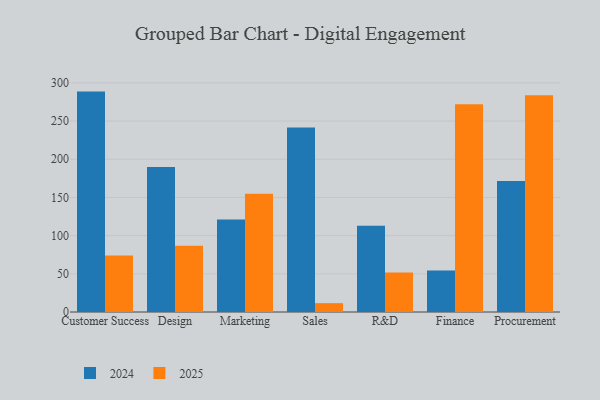
{"axis": {"x": "Department", "y": "Net Income (USD K)"}, "legend": ["2024", "2025"], "data": [{"x": "Customer Success", "y": 288.6, "type": "2024"}, {"x": "Customer Success", "y": 74.0, "type": "2025"}, {"x": "Design", "y": 190.0, "type": "2024"}, {"x": "Design", "y": 86.8, "type": "2025"}, {"x": "Marketing", "y": 121.2, "type": "2024"}, {"x": "Marketing", "y": 154.7, "type": "2025"}, {"x": "Sales", "y": 241.6, "type": "2024"}, {"x": "Sales", "y": 11.6, "type": "2025"}, {"x": "R&D", "y": 113.1, "type": "2024"}, {"x": "R&D", "y": 51.6, "type": "2025"}, {"x": "Finance", "y": 54.5, "type": "2024"}, {"x": "Finance", "y": 271.9, "type": "2025"}, {"x": "Procurement", "y": 171.4, "type": "2024"}, {"x": "Procurement", "y": 283.7, "type": "2025"}]}